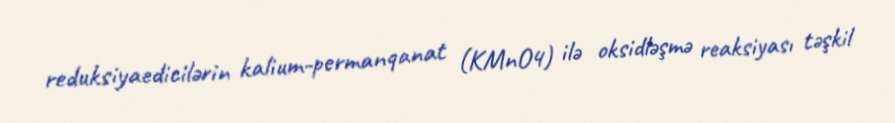
reduksiyaedicilərin kalium-permanqanat (KMnO4) ilə oksidləşmə reaksiyası təşkil